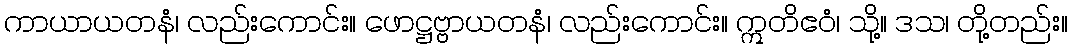
ကာယာယတနံ၊ လည်းကောင်း။ ဖောဋ္ဌဗ္ဗာယတနံ၊ လည်းကောင်း။ ဣတိဧဝံ၊ သို့။ ဒသ၊ တို့တည်း။